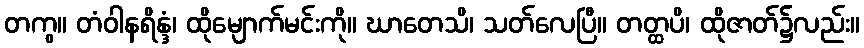
တကွ။ တံဝါနရိန္ဒံ၊ ထိုမျောက်မင်းကို။ ဃာတေသိ၊ သတ်လေပြီ။ တတ္ထပိ၊ ထိုဇာတ်၌လည်း။